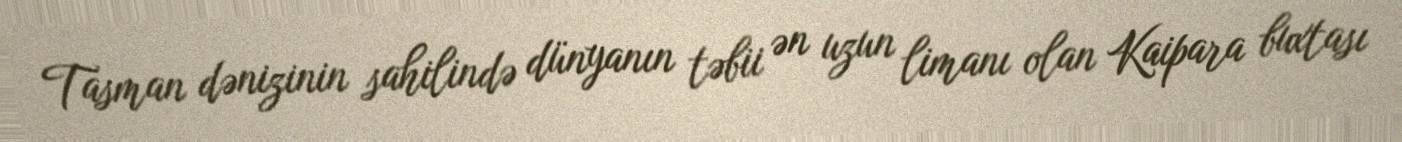
Tasman dənizinin sahilində dünyanın təbii ən uzun limanı olan Kaipara buxtası